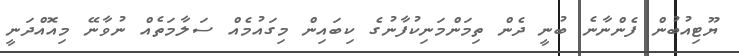
ޔޫޓިއުބުން ފެންނާނެ ބުނީ ދެން ތިމަންމަނިކުފާނުގެ ކިބައިން މިގައުމެއް ސަލާމަތެއް ނުވާނޭ މިއޮއްދަނީ